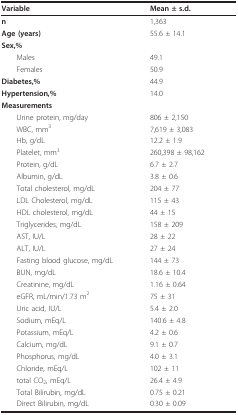
<table><thead><tr><td><b>Variable</b></td><td><b>Mean ± s.d.</b></td></tr></thead><tbody><tr><td><b>n</b></td><td>1,363</td></tr><tr><td><b>Age (years)</b></td><td>55.6 ± 14.1</td></tr><tr><td><b>Sex,%</b></td><td></td></tr><tr><td> Males</td><td>49.1</td></tr><tr><td> Females</td><td>50.9</td></tr><tr><td><b>Diabetes,%</b></td><td>44.9</td></tr><tr><td><b>Hypertension,%</b></td><td>14.0</td></tr><tr><td><b>Measurements</b></td><td></td></tr><tr><td> Urine protein, mg/day</td><td>806 ± 2,150</td></tr><tr><td> WBC, mm<sup>3</sup></td><td>7,619 ± 3,083</td></tr><tr><td> Hb, g/dL</td><td>12.2 ± 1.9</td></tr><tr><td> Platelet, mm<sup>3</sup></td><td>260,398 ± 98,162</td></tr><tr><td> Protein, g/dL</td><td>6.7 ± 2.7</td></tr><tr><td> Albumin, g/dL</td><td>3.8 ± 0.6</td></tr><tr><td> Total cholesterol, mg/dL</td><td>204 ± 77</td></tr><tr><td> LDL Cholesterol, mg/dL</td><td>115 ± 43</td></tr><tr><td> HDL cholesterol, mg/dL</td><td>44 ± 15</td></tr><tr><td> Triglycerides, mg/dL</td><td>158 ± 209</td></tr><tr><td> AST, IU/L</td><td>28 ± 22</td></tr><tr><td> ALT, IU/L</td><td>27 ± 24</td></tr><tr><td> Fasting blood glucose, mg/dL</td><td>144 ± 73</td></tr><tr><td> BUN, mg/dL</td><td>18.6 ± 10.4</td></tr><tr><td> Creatinine, mg/dL</td><td>1.16 ± 0.64</td></tr><tr><td> eGFR, mL/min/1.73 m<sup>2</sup></td><td>75 ± 31</td></tr><tr><td> Uric acid, IU/L</td><td>5.4 ± 2.0</td></tr><tr><td> Sodium, mEq/L</td><td>140.6 ± 4.8</td></tr><tr><td> Potassium, mEq/L</td><td>4.2 ± 0.6</td></tr><tr><td> Calcium, mg/dL</td><td>9.1 ± 0.7</td></tr><tr><td> Phosphorus, mg/dL</td><td>4.0 ± 3.1</td></tr><tr><td> Chloride, mEq/L</td><td>102 ± 11</td></tr><tr><td> total CO<sub>2</sub>, mEq/L</td><td>26.4 ± 4.9</td></tr><tr><td> Total Bilirubin, mg/dL</td><td>0.75 ± 0.21</td></tr><tr><td> Direct Bilirubin, mg/dL</td><td>0.30 ± 0.09</td></tr></tbody></table>